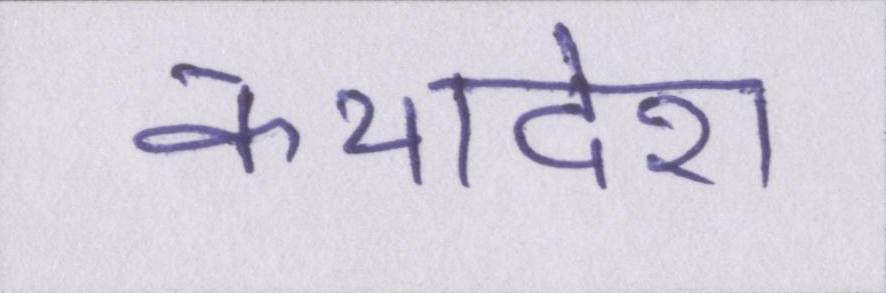
कथादेश